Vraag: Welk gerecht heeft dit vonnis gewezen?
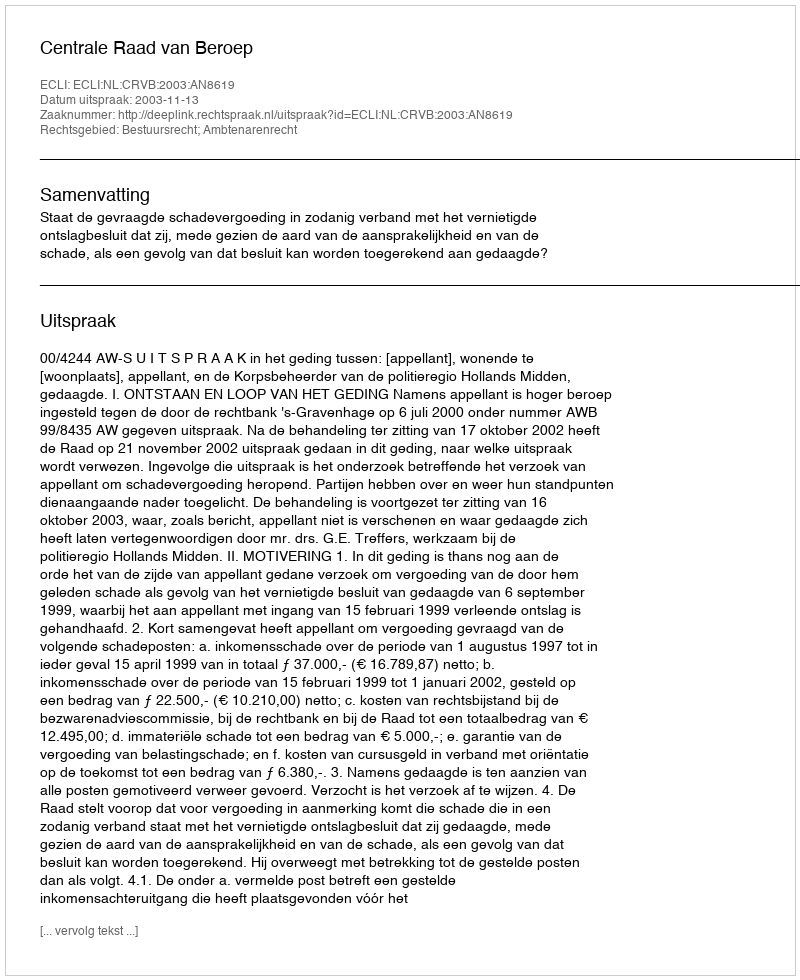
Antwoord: Centrale Raad van Beroep